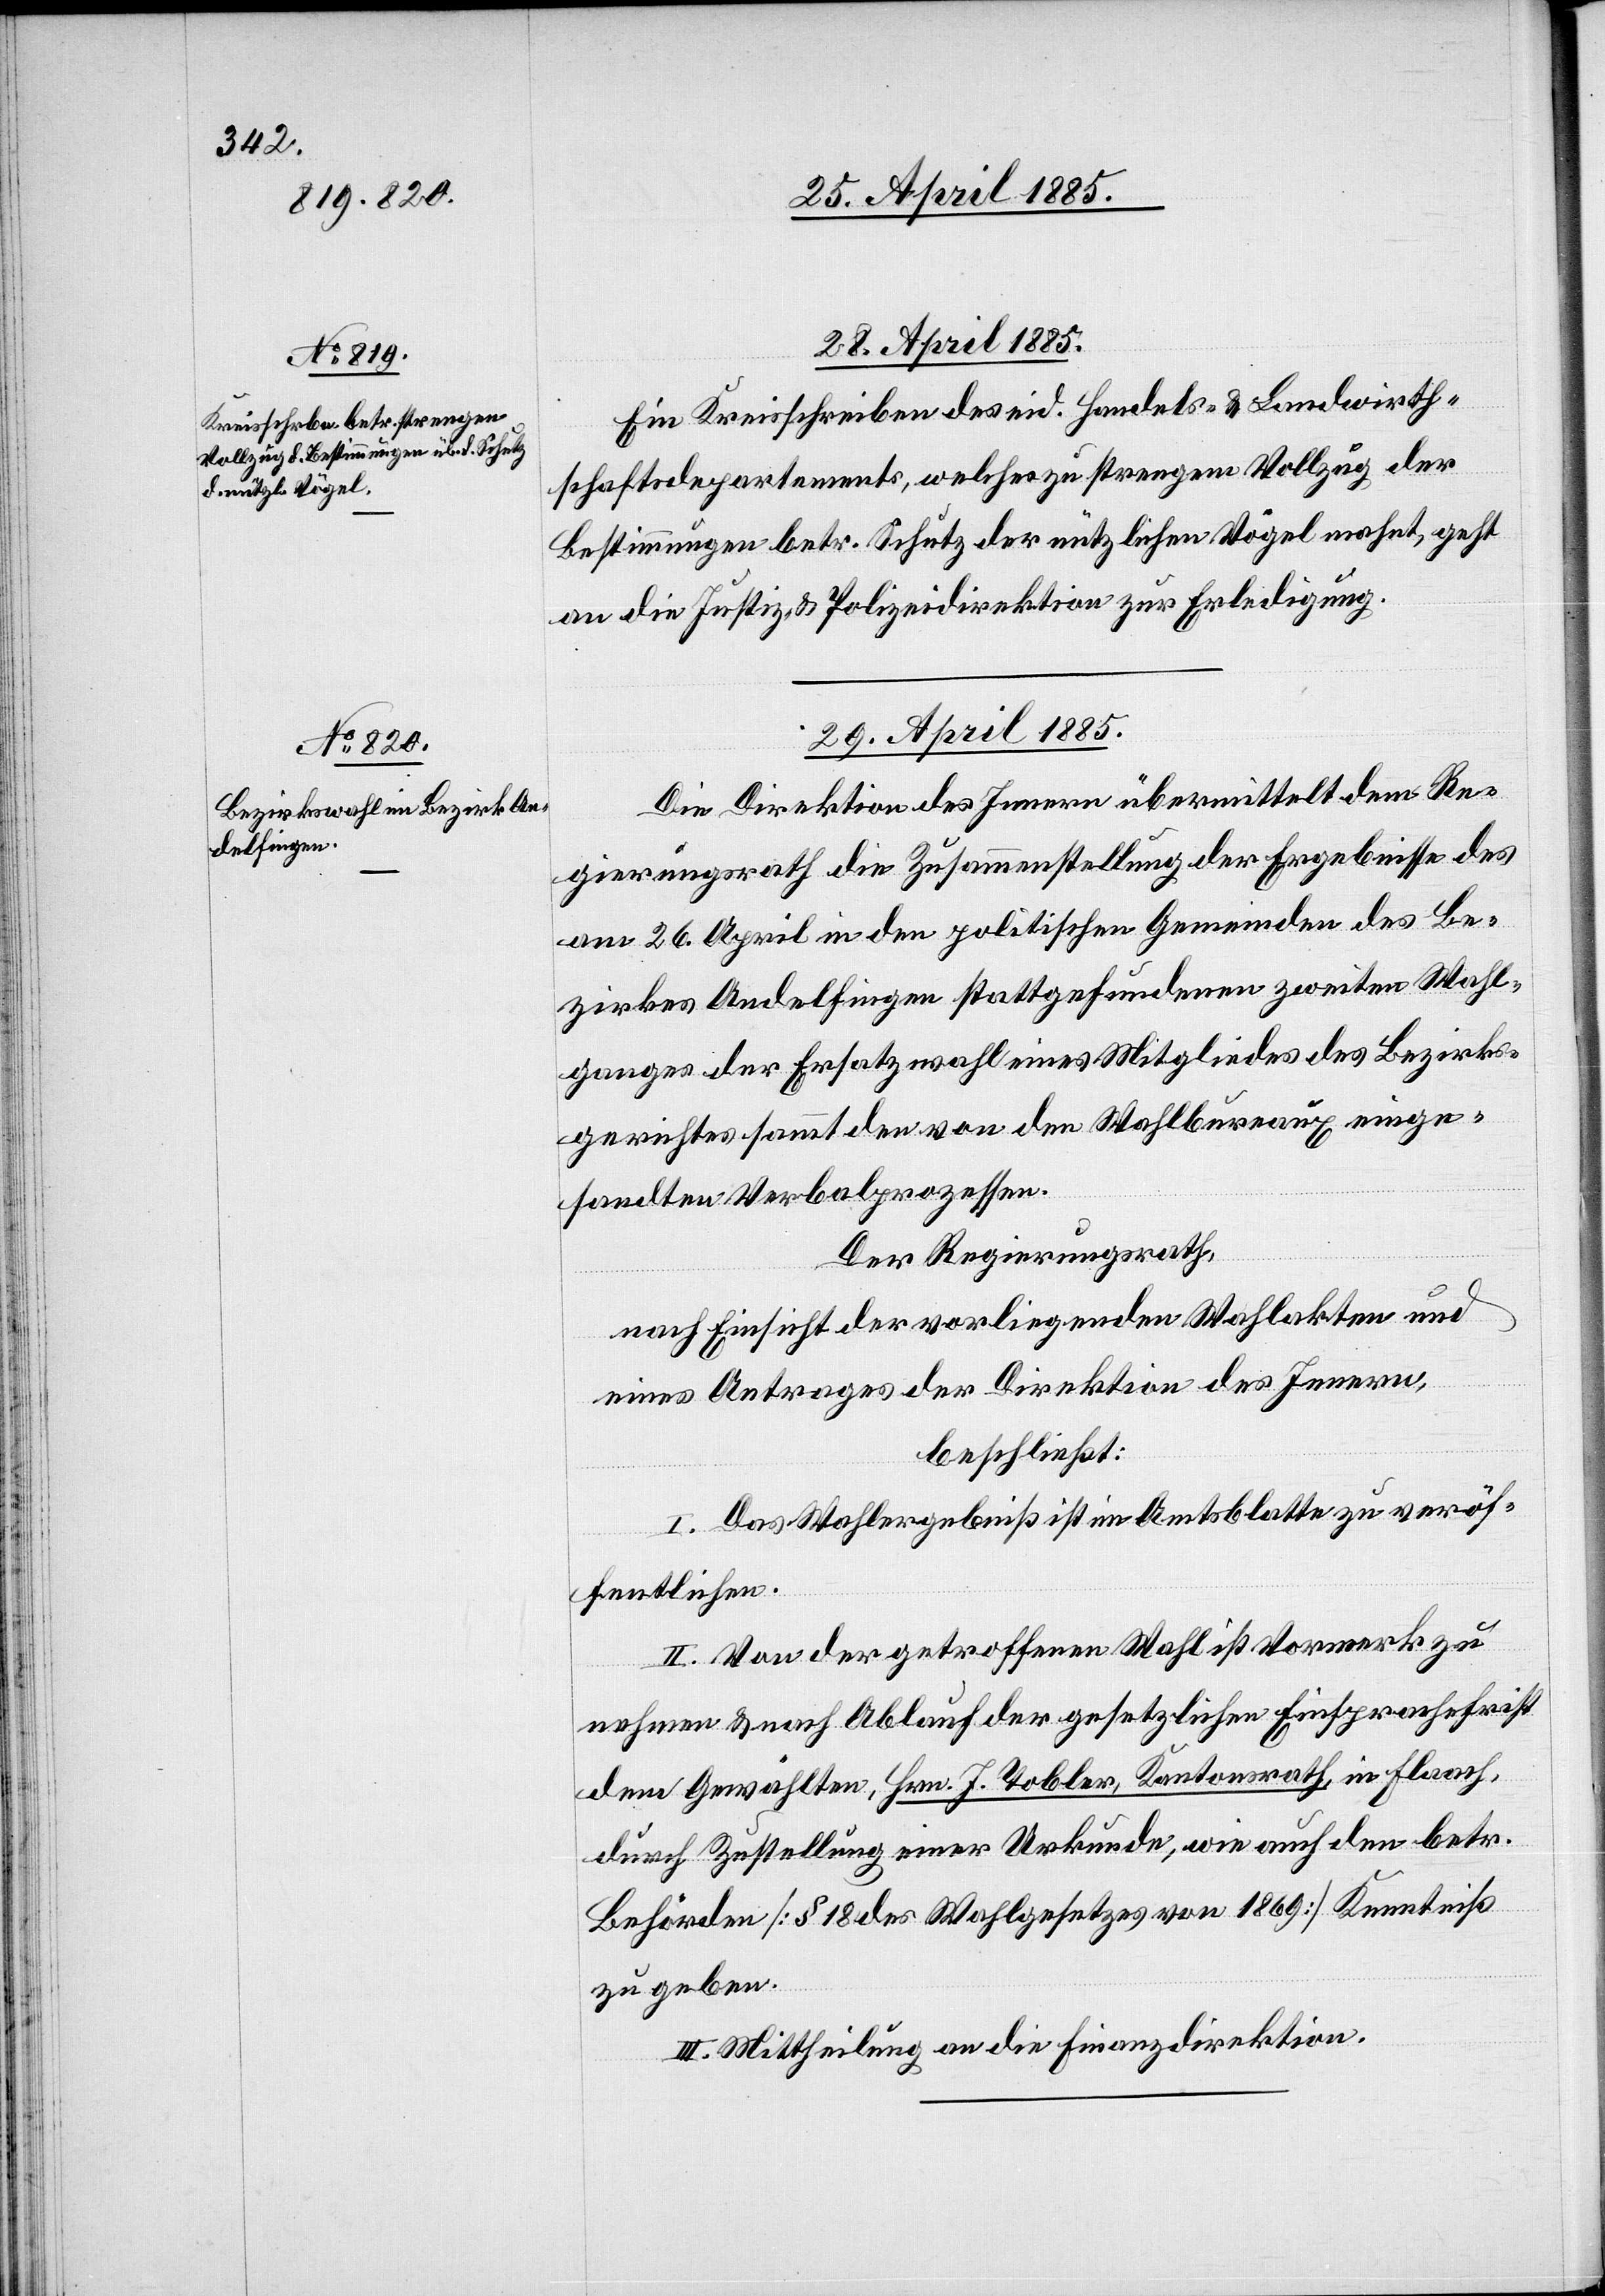
28. April 1885.
Ein Kreisschreiben des eid. Handels- & Landwirth¬
schaftsdepartements, welches zu strengem Vollzug der
Bestimmungen betr. Schutz der nützlichen Vögel macht, geht
an die Justiz- & Polizeidirektion zur Erledigung.
29. April 1885.
Die Direktion des Innern übermittelt dem Re¬
gierungsrath die Zusammenstellung der Ergebnisse des
am 26. April in den politischen Gemeinden des Be¬
zirkes Andelfingen stattgefundenen zweiten Wahl¬
ganges der Ersatzwahl eines Mitgliedes des Bezirks¬
gerichtes sammt den von den Wahlbureaux einge¬
sandten Verbalprozessen.
Der Regierungsrath,
nach Einsicht der vorliegenden Wahlakten und
eines Antrages der Direktion des Innern,
beschließt:
I. Das Wahlergebniß ist im Amtsblatte zu veröf¬
fentlichen.
II. Von der getroffenen Wahl ist Vormerk zu
nehmen & nach Ablauf der gesetzlichen Einsprachefrist
dem Gewählten, Hrn. J. Tobler, Kantonsrath, in Flaach,
durch Zustellung einer Urkunde, wie auch den betr.
Behörden [§ 18 des Wahlgesetzes von 1869] Kenntniß
zu geben.
III. Mittheilung n die Finanzdirektion.